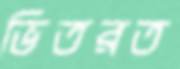
ভিতরত